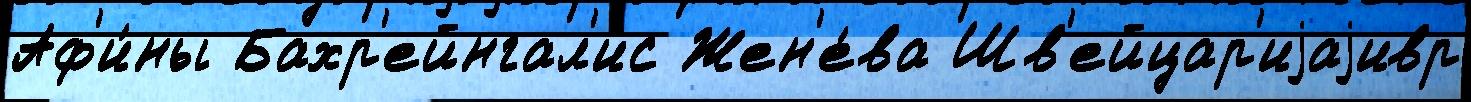
Аф'и́ны Бахр'ейнгал'ис Жен'е́ва Шв'ейцар'иjаjивр